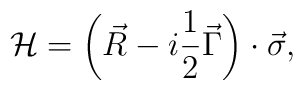
{\cal H}=\left( \vec R-i\frac 12\vec \Gamma \right) \cdot \vec\sigma,